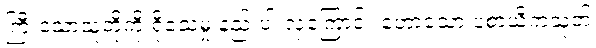
ကြီးသောသူတို့ကို ရိုသေမှု နည်းပါးလှကြောင်း ဟောသော ပစာယိကသုတ်